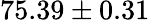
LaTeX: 75.39\pm 0.31